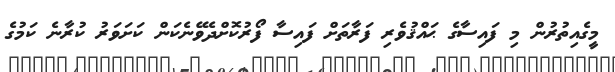
މީގެއިތުރުން މި ފައިސާގެ ޙައްޤުވެރި ފަރާތަށް ފައިސާ ފޯރުކޮށްދެވޭނެކަން ކަށަވަރު ކުރާނެ ކަމުގެ